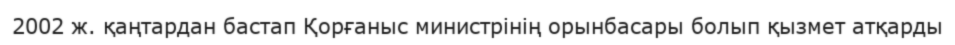
2002 ж. қаңтардан бастап Қорғаныс министрінің орынбасары болып қызмет атқарды